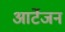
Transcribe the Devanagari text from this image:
आर्टेजन